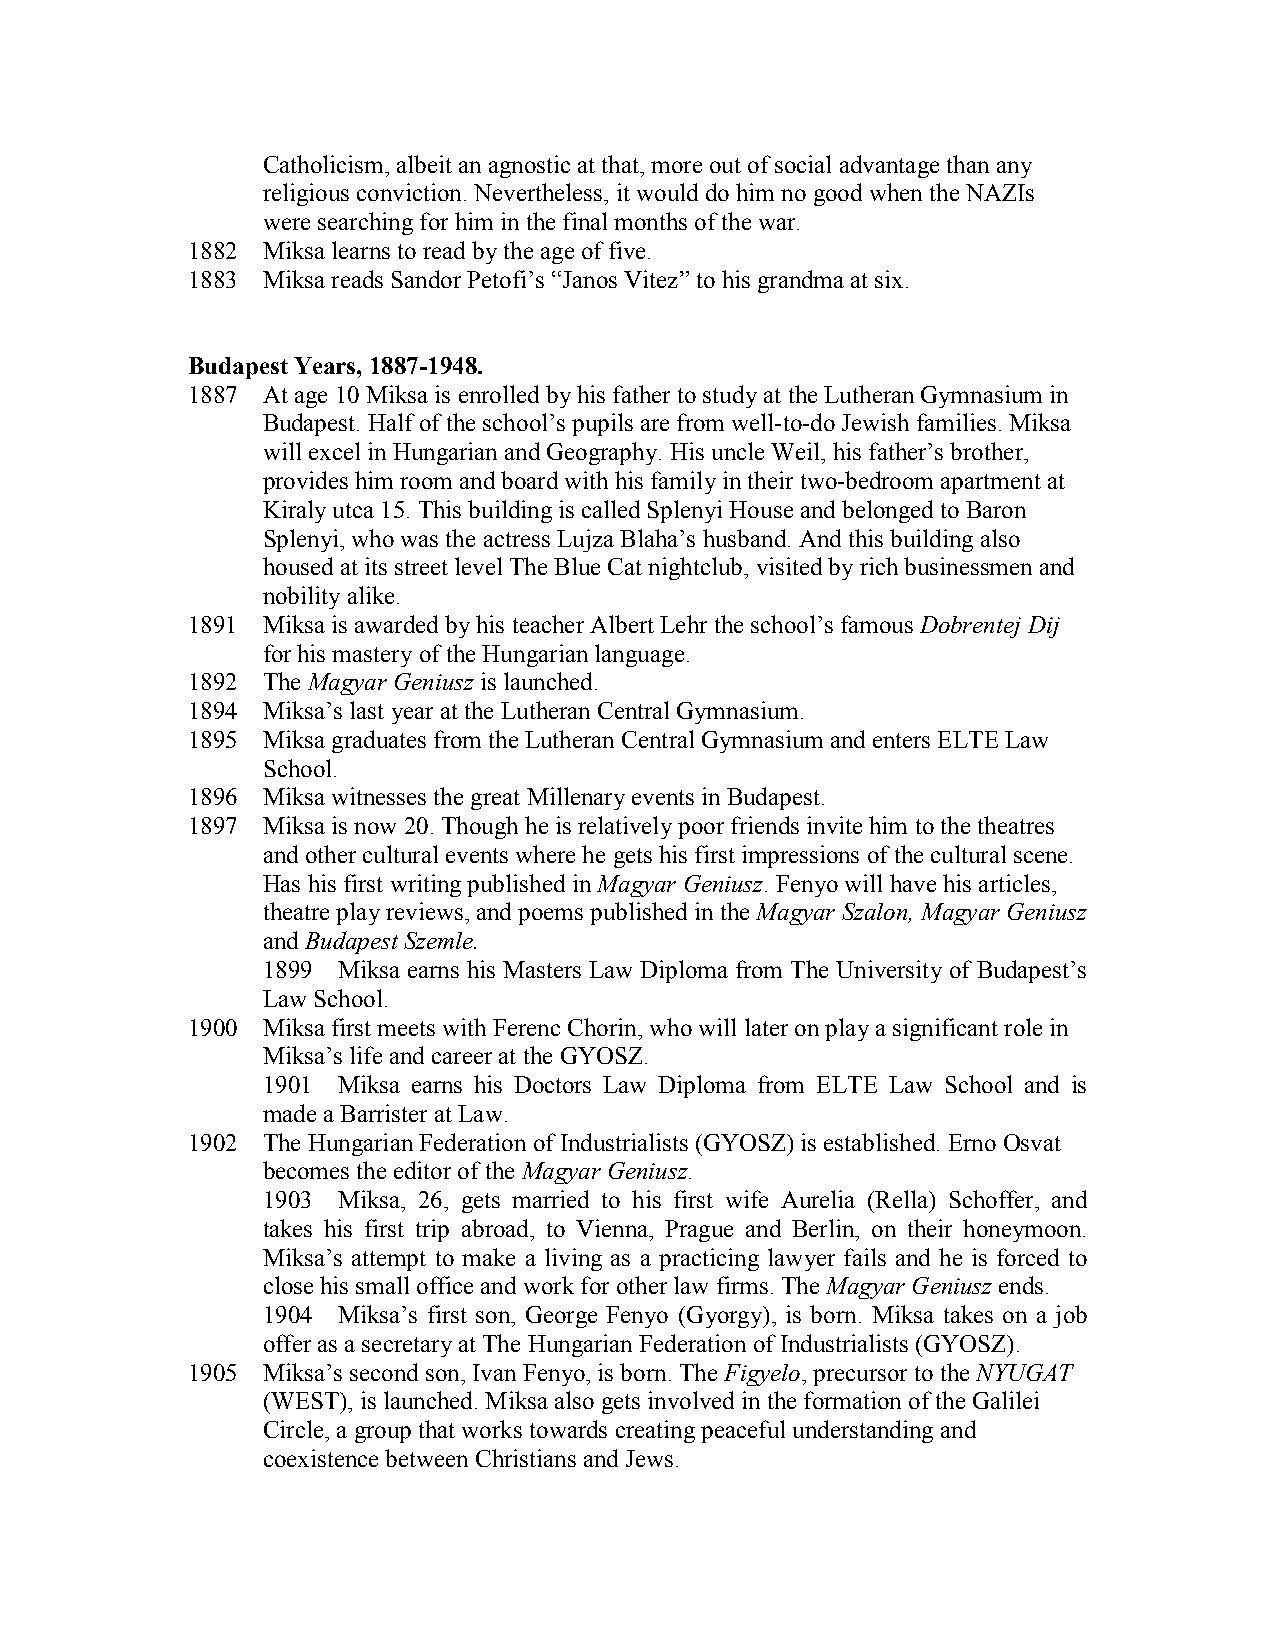
Catholicism, albeit an agnostic at that, more out of social advantage than any
 religious conviction. Nevertheless, it would do him no good when the NAZIs
 were searching for him in the final months of the war.
 1882 Miksa learns to read by the age of five.
 1883 Miksa reads Sandor Petofi’s “Janos Vitez” to his grandma at six.
 Budapest Years, 1887-1948.
 1887 At age 10 Miksa is enrolled by his father to study at the Lutheran Gymnasium in
 Budapest. Half of the school’s pupils are from well-to-do Jewish families. Miksa
 will excel in Hungarian and Geography. His uncle Weil, his father’s brother,
 provides him room and board with his family in their two-bedroom apartment at
 Kiraly utca 15. This building is called Splenyi House and belonged to Baron
 Splenyi, who was the actress Lujza Blaha’s husband. And this building also
 housed at its street level The Blue Cat nightclub, visited by rich businessmen and
 nobility alike.
 1891 Miksa is awarded by his teacher Albert Lehr the school’s famous Dobrentej Dij
 for his mastery of the Hungarian language.
 1892 The Magyar Geniusz is launched.
 1894 Miksa’s last year at the Lutheran Central Gymnasium.
 1895 Miksa graduates from the Lutheran Central Gymnasium and enters ELTE Law
 School.
 1896 Miksa witnesses the great Millenary events in Budapest.
 1897 Miksa is now 20. Though he is relatively poor friends invite him to the theatres
 and other cultural events where he gets his first impressions of the cultural scene.
 Has his first writing published in Magyar Geniusz. Fenyo will have his articles,
 theatre play reviews, and poems published in the Magyar Szalon, Magyar Geniusz
 and Budapest Szemle.
 1899 Miksa earns his Masters Law Diploma from The University of Budapest’s
 Law School.
 1900 Miksa first meets with Ferenc Chorin, who will later on play a significant role in
 Miksa’s life and career at the GYOSZ.
 1901 Miksa earns his Doctors Law Diploma from ELTE Law School and is
 made a Barrister at Law.
 1902 The Hungarian Federation of Industrialists (GYOSZ) is established. Erno Osvat
 becomes the editor of the Magyar Geniusz.
 1903 Miksa, 26, gets married to his first wife Aurelia (Rella) Schoffer, and
 takes his first trip abroad, to Vienna, Prague and Berlin, on their honeymoon.
 Miksa’s attempt to make a living as a practicing lawyer fails and he is forced to
 close his small office and work for other law firms. The Magyar Geniusz ends.
 1904 Miksa’s first son, George Fenyo (Gyorgy), is born. Miksa takes on a job
 offer as a secretary at The Hungarian Federation of Industrialists (GYOSZ).
 1905 Miksa’s second son, Ivan Fenyo, is born. The Figyelo, precursor to the NYUGAT
 (WEST), is launched. Miksa also gets involved in the formation of the Galilei
 Circle, a group that works towards creating peaceful understanding and
 coexistence between Christians and Jews.